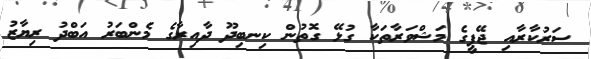
ސަރުކާރާއި ޖޭޕީގެ މަޝްވަރާތަކާ ގުޅޭ ގޮތުން ކިނބިދޫ ދާއިރާގެ މެންބަރު އަބްދު ރިޔާޒު